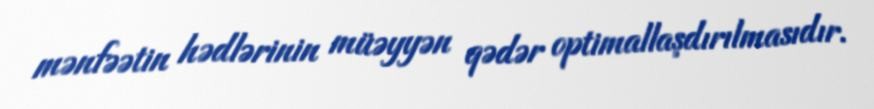
mənfəətin hədlərinin müəyyən qədər optimallaşdırılmasıdır.